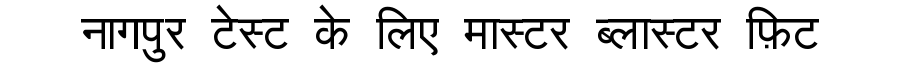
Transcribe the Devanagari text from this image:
नागपुर टेस्ट के लिए मास्टर ब्लास्टर फ़िट